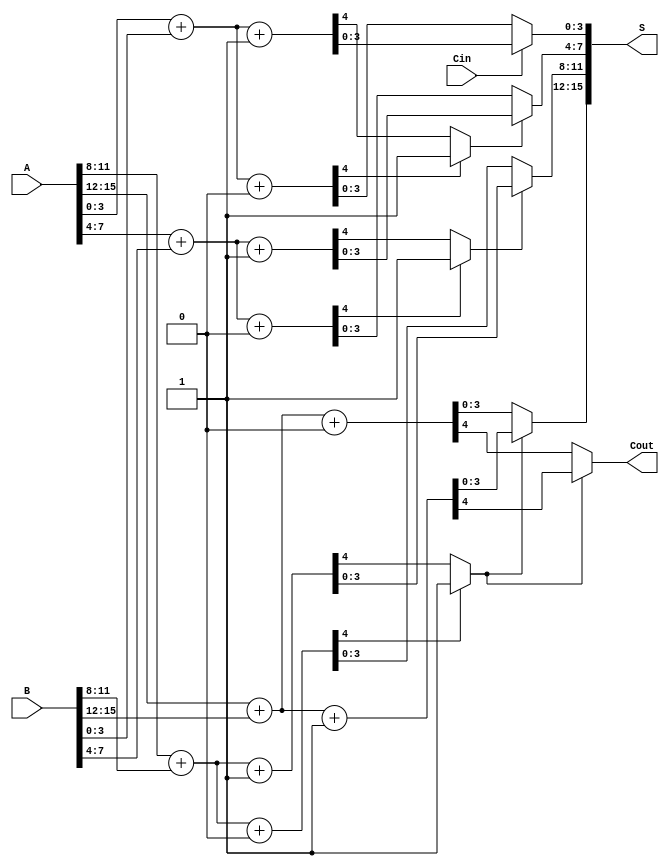
module CarrySelectAdder #(parameter N = 16, parameter BLOCK_SIZE = 4) (
    input [N-1:0] A,      // First n-bit input
    input [N-1:0] B,      // Second n-bit input
    input Cin,            // Carry-in
    output [N-1:0] S,     // n-bit sum output
    output Cout           // Carry-out
);

    localparam NUM_BLOCKS = N / BLOCK_SIZE;

    // Internal signals for sums and carry outs
    wire [BLOCK_SIZE-1:0] S0 [0:NUM_BLOCKS-1]; // Sums assuming carry-in = 0
    wire [BLOCK_SIZE-1:0] S1 [0:NUM_BLOCKS-1]; // Sums assuming carry-in = 1
    wire Cout0 [0:NUM_BLOCKS-1];                // Carry outs assuming carry-in = 0
    wire Cout1 [0:NUM_BLOCKS-1];                // Carry outs assuming carry-in = 1
    wire carry [0:NUM_BLOCKS-1];                // Carry signals between blocks

    // Generate sums and carry outs for each block
    genvar i;
    generate
        for (i = 0; i < NUM_BLOCKS; i = i + 1) begin : block
            wire [BLOCK_SIZE-1:0] A_block = A[(i+1)*BLOCK_SIZE-1:i*BLOCK_SIZE];
            wire [BLOCK_SIZE-1:0] B_block = B[(i+1)*BLOCK_SIZE-1:i*BLOCK_SIZE];

            // Compute sums and carry outs for carry-in = 0
            assign {Cout0[i], S0[i]} = A_block + B_block + 1'b0;

            // Compute sums and carry outs for carry-in = 1
            assign {Cout1[i], S1[i]} = A_block + B_block + 1'b1;

            // Select the carry for the next block
            if (i == 0) begin
                assign carry[i] = Cin;
            end else begin
                assign carry[i] = Cout0[i-1] ? 1'b1 : Cout1[i-1];
            end
        end
    endgenerate

    // Final sum and carry out selection
    generate
        for (i = 0; i < NUM_BLOCKS; i = i + 1) begin : final_selection
            assign S[(i+1)*BLOCK_SIZE-1:i*BLOCK_SIZE] = carry[i] ? S1[i] : S0[i];
        end
    endgenerate

    // Final carry out
    assign Cout = carry[NUM_BLOCKS-1] ? Cout1[NUM_BLOCKS-1] : Cout0[NUM_BLOCKS-1];

endmodule